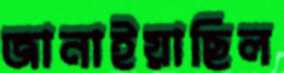
জানাইয়াছিল